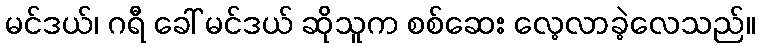
မင်ဒယ်၊ ဂရီ ခေါ် မင်ဒယ် ဆိုသူက စစ်ဆေး လေ့လာခဲ့လေသည်။